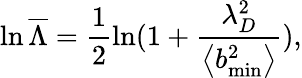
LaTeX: \ln\overline{{\Lambda}}=\frac{1}{2}\ln(1+\frac{\lambda_{D}^{2}}{\left\langle b_{\operatorname*{min}}^{2}\right\rangle}),